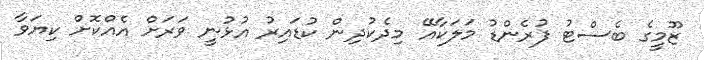
ޒޫމީގެ ބެސްޓު ފުރެންޑު މަލަކާއޭ މިދެކުދިން ކުޑައިރު އުޅުނީ ވަރަށް އެއްކޮށް ކިޔަވާ